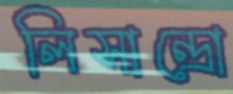
লিসান্দ্রো